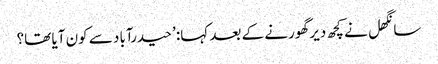
سانگھل نے کچھ دیر گھورنے کے بعد کہا: ’حیدرآباد سے کون آیا تھا؟